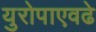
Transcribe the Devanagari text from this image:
युरोपाएवढे